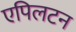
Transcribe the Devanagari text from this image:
एपिलटन